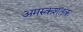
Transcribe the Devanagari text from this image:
अमरुकशतक